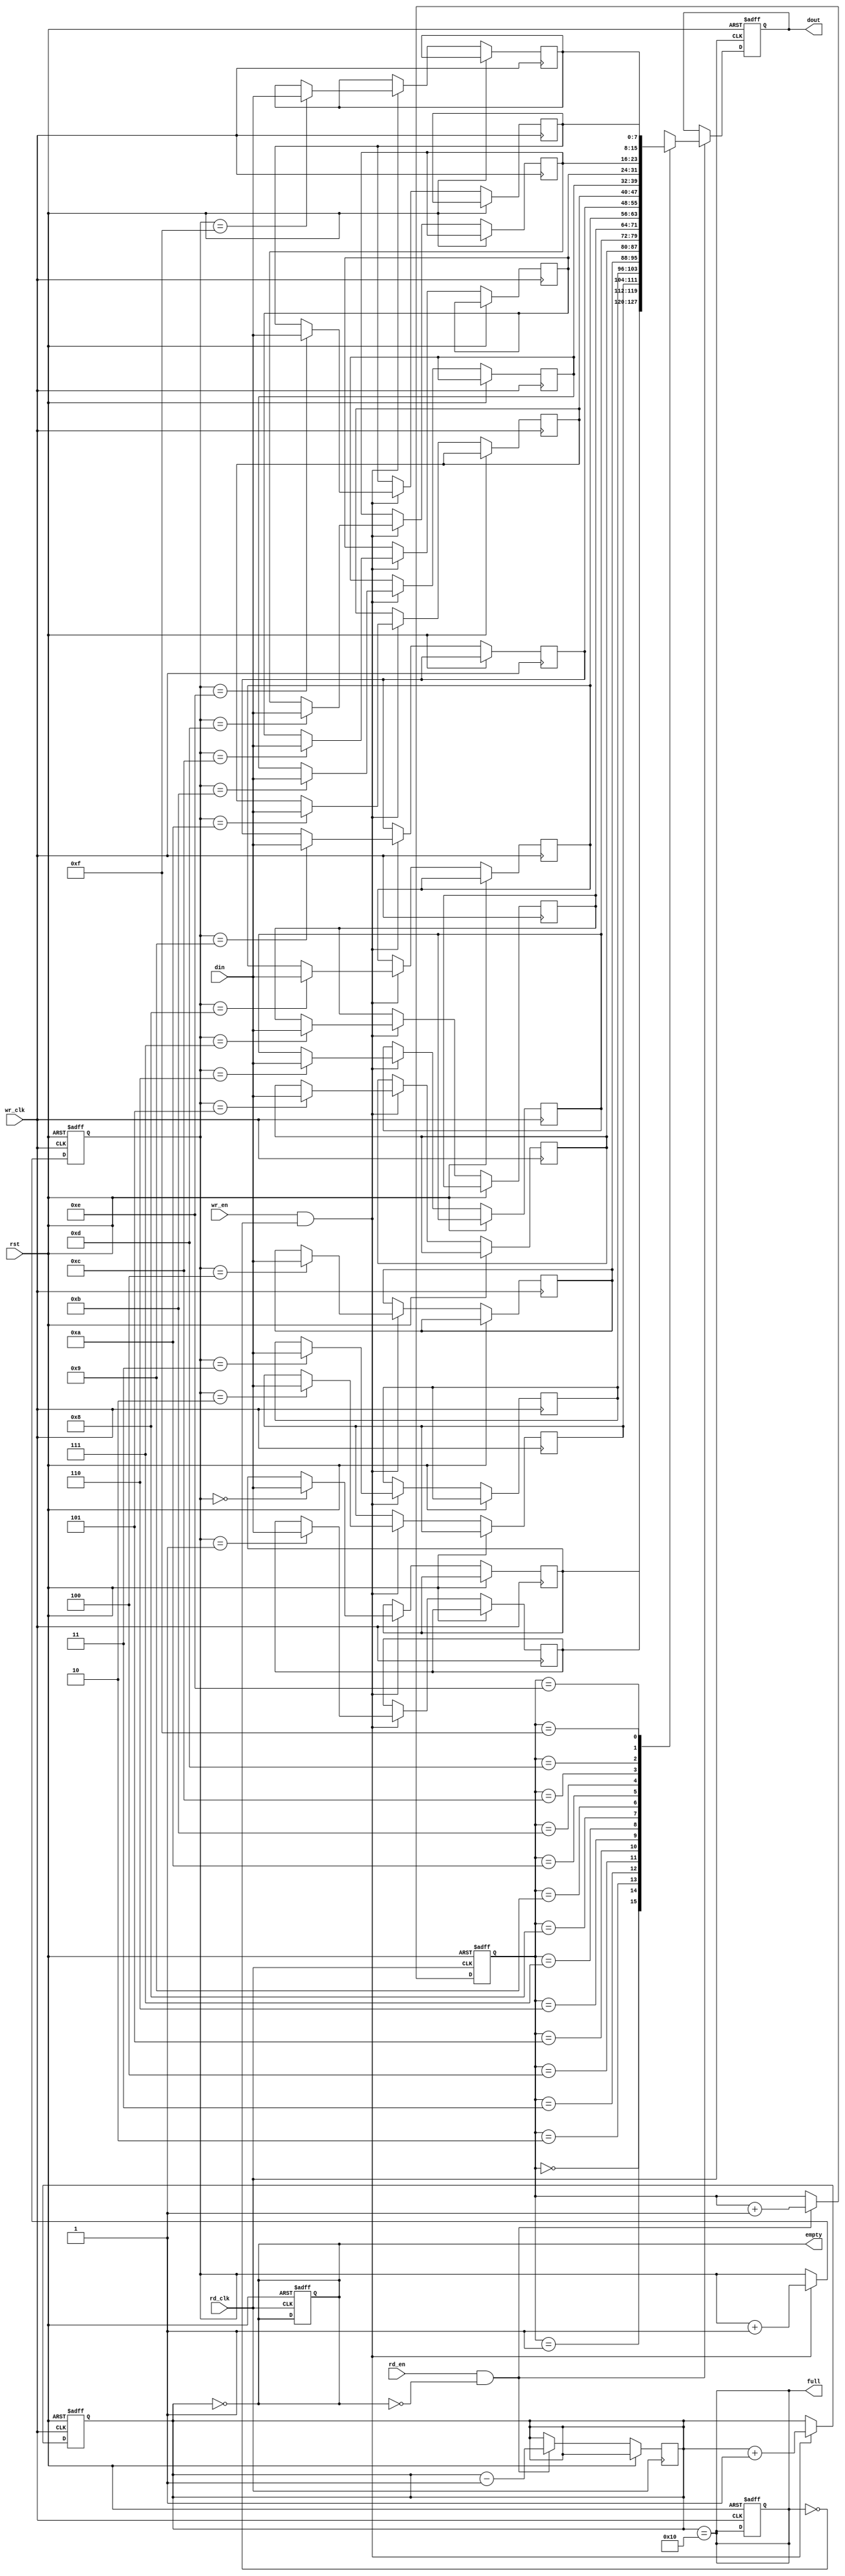
module async_fifo #(
    parameter DATA_WIDTH = 8,  // Width of the data
    parameter FIFO_DEPTH = 16   // Depth of the FIFO (must be a power of 2)
)(
    input wire wr_clk,          // Write clock
    input wire rd_clk,          // Read clock
    input wire rst,             // Asynchronous reset
    input wire wr_en,           // Write enable
    input wire rd_en,           // Read enable
    input wire [DATA_WIDTH-1:0] din, // Data input
    output reg [DATA_WIDTH-1:0] dout, // Data output
    output reg full,            // FIFO full flag
    output reg empty            // FIFO empty flag
);

    // Memory array for FIFO
    reg [DATA_WIDTH-1:0] fifo_mem [0:FIFO_DEPTH-1];

    // Write and read pointers
    reg [$clog2(FIFO_DEPTH)-1:0] wptr;
    reg [$clog2(FIFO_DEPTH)-1:0] rptr;
    reg [$clog2(FIFO_DEPTH):0] count; // Count of items in FIFO

    // Asynchronous reset
    always @(posedge wr_clk or posedge rst) begin
        if (rst) begin
            wptr <= 0;
            count <= 0;
            full <= 0;
        end else if (wr_en && !full) begin
            fifo_mem[wptr] <= din;
            wptr <= wptr + 1;
            count <= count + 1;
        end
    end

    always @(posedge rd_clk or posedge rst) begin
        if (rst) begin
            rptr <= 0;
            dout <= 0;
            empty <= 1;
        end else if (rd_en && !empty) begin
            dout <= fifo_mem[rptr];
            rptr <= rptr + 1;
            count <= count - 1;
        end
    end

    // Full and empty flag logic
    always @(*) begin
        full = (count == FIFO_DEPTH);
        empty = (count == 0);
    end

endmodule